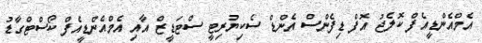
އެމްއެންޑީއެފް ކޮލެޖު އޮފް ޑިފެންސް އެންޑް ސެކިޔުރިޓީ ސްޓަޑީޒް އާއި އެމްއެންޑީއެފް ކޯސްޓްގާޑު